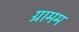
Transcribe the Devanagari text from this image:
ग्रामम